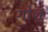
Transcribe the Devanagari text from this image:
गोजु